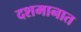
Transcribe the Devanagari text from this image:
दशमानात